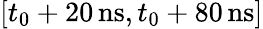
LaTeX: [t_{0}+20\, \mathrm{ns},t_{0}+80\, \mathrm{ns}]